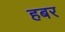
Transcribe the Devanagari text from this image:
हबर